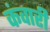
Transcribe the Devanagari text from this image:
कंवारी